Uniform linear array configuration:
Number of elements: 4
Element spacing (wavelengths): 1
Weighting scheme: hann
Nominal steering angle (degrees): -45
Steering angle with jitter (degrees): -43.472
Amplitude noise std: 0.05
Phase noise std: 0.05

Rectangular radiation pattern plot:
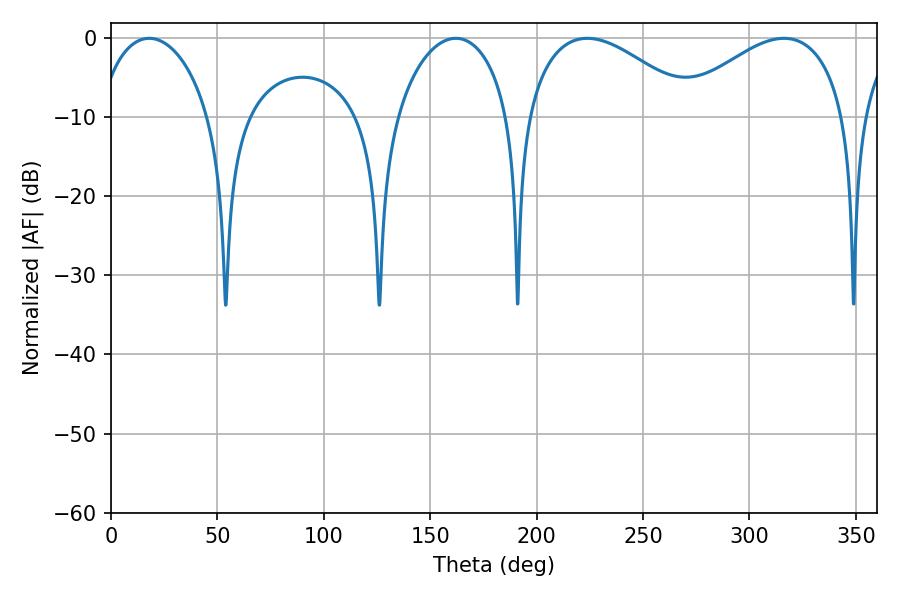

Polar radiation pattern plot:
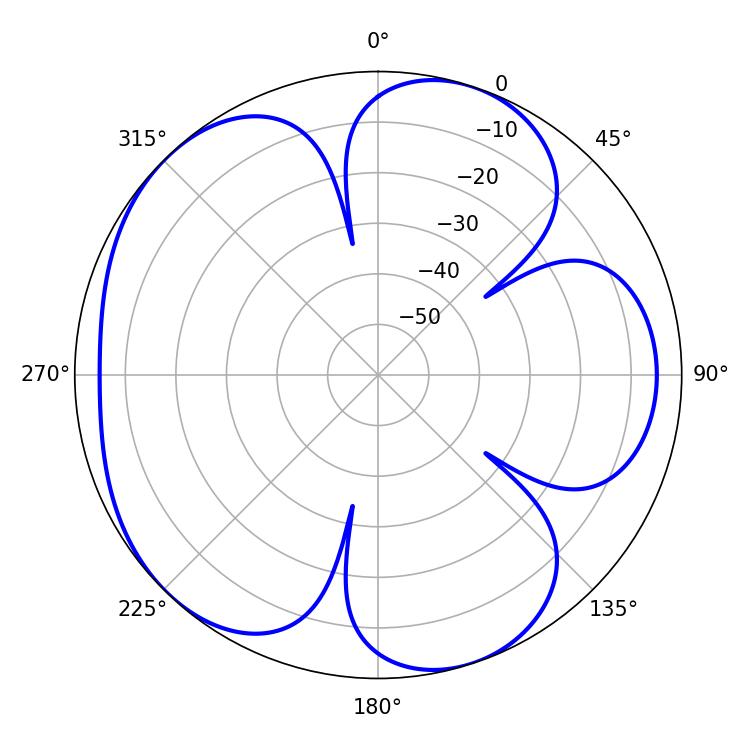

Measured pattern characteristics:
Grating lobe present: TRUE
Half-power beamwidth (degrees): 44.1
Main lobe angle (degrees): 223.74